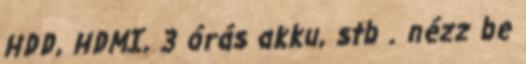
HDD, HDMI, 3 órás akku, stb . nézz be